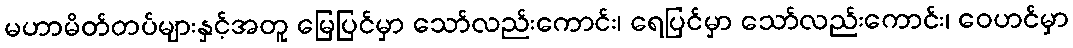
မဟာမိတ်တပ်များနှင့်အတူ မြေပြင်မှာ သော်လည်းကောင်း၊ ရေပြင်မှာ သော်လည်းကောင်း၊ ဝေဟင်မှာ